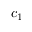
c _ { 1 }